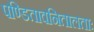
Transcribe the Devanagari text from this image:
पण्डितावनितालताः